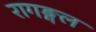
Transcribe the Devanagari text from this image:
रागङ्गल